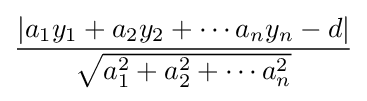
{\dfrac {\left|a_{1}y_{1}+a_{2}y_{2}+\cdots a_{n}y_{n}-d\right|}{\sqrt {a_{1}^{2}+a_{2}^{2}+\cdots a_{n}^{2}}}}